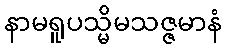
နာမရူပသ္မိမသဇ္ဇမာနံ